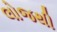
લોજથી